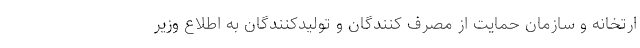
ارتخانه و سازمان حمایت از مصرف کنندگان و تولیدکنندگان به اطلاع وزیر